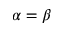
\alpha = \beta